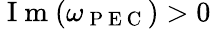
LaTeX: \mathrm{~I~m~}(\omega_{\mathrm{~P~E~C~}})>0